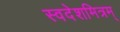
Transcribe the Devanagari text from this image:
स्वदेशमित्रम्